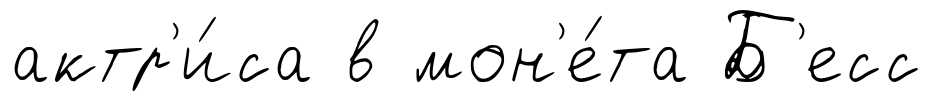
актр'и́са в мон'е́та Б'есс